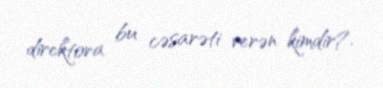
direktora bu cəsarəti verən kimdir?.